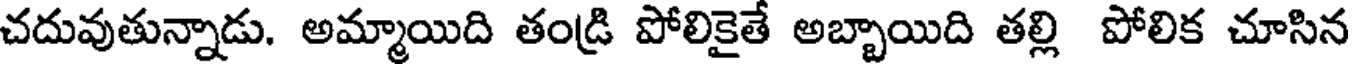
చదువుతున్నాడు. అమ్మాయిది తండ్రి పోలికైతే అబ్బాయిది తల్లి పోలిక చూసిన